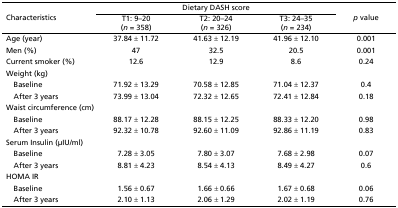
| <ROWSPAN=2> Characteristics | <COLSPAN=3> Dietary DASH score | <ROWSPAN=2> p value |
 | T1: 9–20 (n = 358) | T2: 20–24 (n = 326) | T3: 24–35 (n = 234) |
 | --- | --- | --- | --- | --- |
 | Age (year) | 37.84 ± 11.72 | 41.63 ± 12.19 | 41.96 ± 12.10 | 0.001 |
 | Men (%) | 47 | 32.5 | 20.5 | 0.001 |
 | Current smoker (%) | 12.6 | 12.9 | 8.6 | 0.24 |
 | Weight (kg) |  |  |  |  |
 | Baseline | 71.92 ± 13.29 | 70.58 ± 12.85 | 71.04 ± 12.37 | 0.4 |
 | After 3 years | 73.99 ± 13.04 | 72.32 ± 12.65 | 72.41 ± 12.84 | 0.18 |
 | Waist circumference (cm) |  |  |  |  |
 | Baseline | 88.17 ± 12.28 | 88.15 ± 12.25 | 88.33 ± 12.20 | 0.98 |
 | After 3 years | 92.32 ± 10.78 | 92.60 ± 11.09 | 92.86 ± 11.19 | 0.83 |
 | Serum Insulin (μIU/ml) |  |  |  |  |
 | Baseline | 7.28 ± 3.05 | 7.80 ± 3.07 | 7.68 ± 2.98 | 0.07 |
 | After 3 years | 8.81 ± 4.23 | 8.54 ± 4.13 | 8.49 ± 4.27 | 0.6 |
 | HOMA IR |  |  |  |  |
 | Baseline | 1.56 ± 0.67 | 1.66 ± 0.66 | 1.67 ± 0.68 | 0.06 |
 | After 3 years | 2.10 ± 1.13 | 2.06 ± 1.29 | 2.02 ± 1.19 | 0.76 |